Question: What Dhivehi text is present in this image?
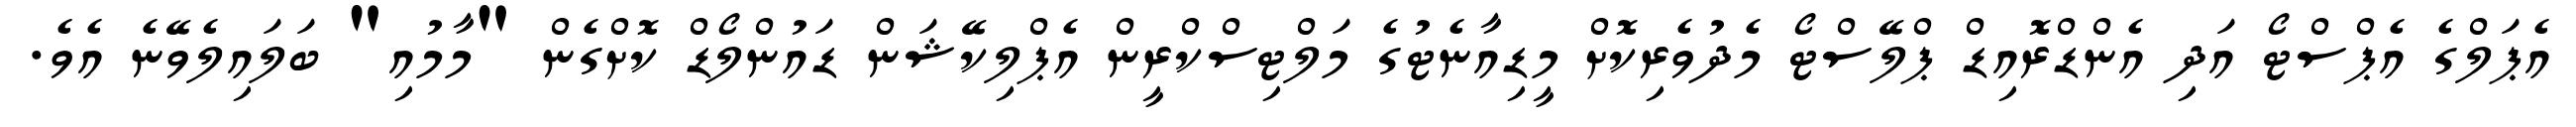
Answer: އެޕަލްގެ އެޕްސްޓޯ އަދި އެންޑްރޮއިޑް ޕްލޭސްޓޯ މެދުވެރިކޮށް މީޑިއާނެޓުގެ މަލްޓިސްކްރީން އެޕްލިކޭޝަން ޑައުންލޯޑް ކޮށްގެން "މާމުއި" ބަލައިލެވޭނެ އެވެ.